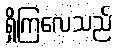
ရှိကြလေသည်